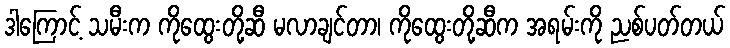
ဒါကြောင့် သမီးက ကိုထွေးတို့ဆီ မလာချင်တာ၊ ကိုထွေးတို့ဆီက အရမ်းကို ညစ်ပတ်တယ်